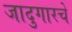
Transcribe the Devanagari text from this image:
जादुगारचे